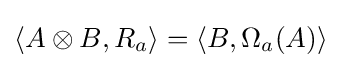
\langle A\otimes B,R_{a}\rangle =\langle B,\Omega _{a}(A)\rangle